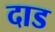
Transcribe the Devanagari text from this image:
दाड